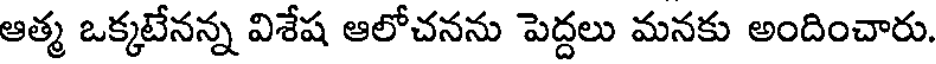
ఆత్మ ఒక్కటేనన్న విశేష ఆలోచనను పెద్దలు మనకు అందించారు.